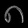
Digit: ၈